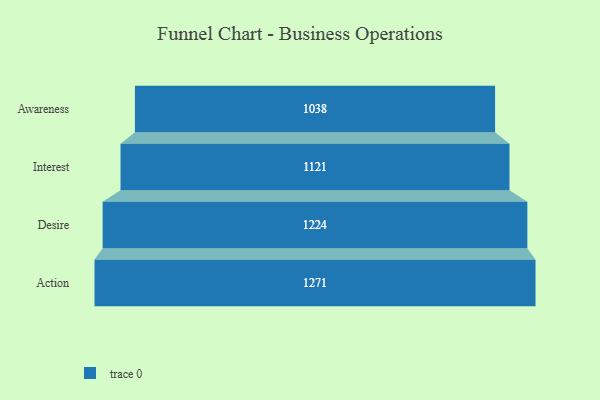
{"axis": {"x": "Stage", "y": "Value"}, "legend": [""], "data": [{"x": "Awareness", "y": 1038.0, "type": ""}, {"x": "Interest", "y": 1121.0, "type": ""}, {"x": "Desire", "y": 1224.0, "type": ""}, {"x": "Action", "y": 1271.0, "type": ""}]}